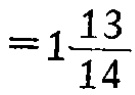
$=1\frac{13}{14}$